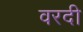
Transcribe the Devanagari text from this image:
वरदी